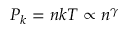
P _ { k } = n k T \propto n ^ { \gamma }